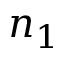
n _ { 1 }